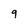
Character: 9